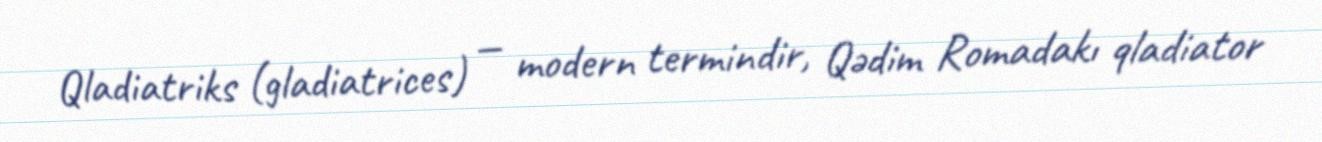
Qladiatriks (gladiatrices) — modern termindir, Qədim Romadakı qladiator